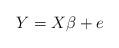
LaTeX: \begin{align*}Y=X\beta +e \end{align*}